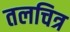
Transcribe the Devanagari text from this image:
तलचित्र